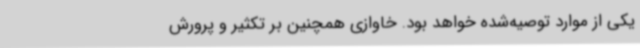
یکی از موارد توصیه‌شده خواهد بود. خاوازی همچنین بر تکثیر و پرورش